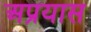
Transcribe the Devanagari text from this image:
अप्रयास